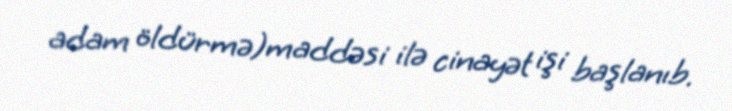
adam öldürmə)maddəsi ilə cinayət işi başlanıb.